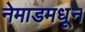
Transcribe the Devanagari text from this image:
नेमाडमधून